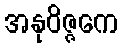
အနုဝိဇ္ဇကေ